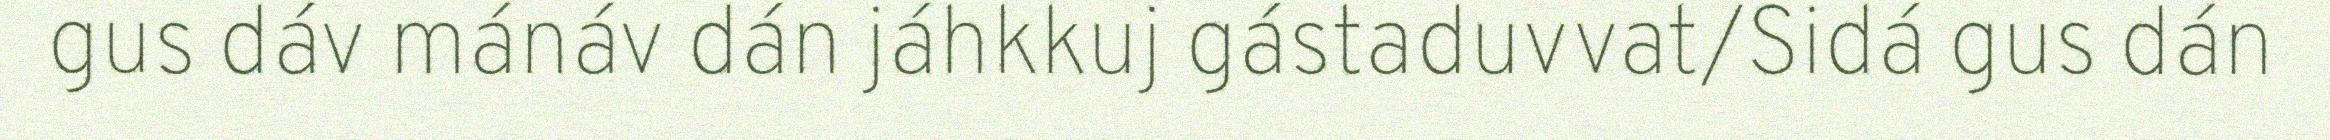
gus dáv mánáv dán jáhkkuj gástaduvvat/Sidá gus dán